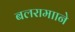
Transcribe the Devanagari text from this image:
बलरामााने